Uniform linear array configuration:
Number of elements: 24
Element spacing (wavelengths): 0.5
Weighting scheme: cosine
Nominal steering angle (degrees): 45
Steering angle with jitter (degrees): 43.787
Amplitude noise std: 0.05
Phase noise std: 0.05

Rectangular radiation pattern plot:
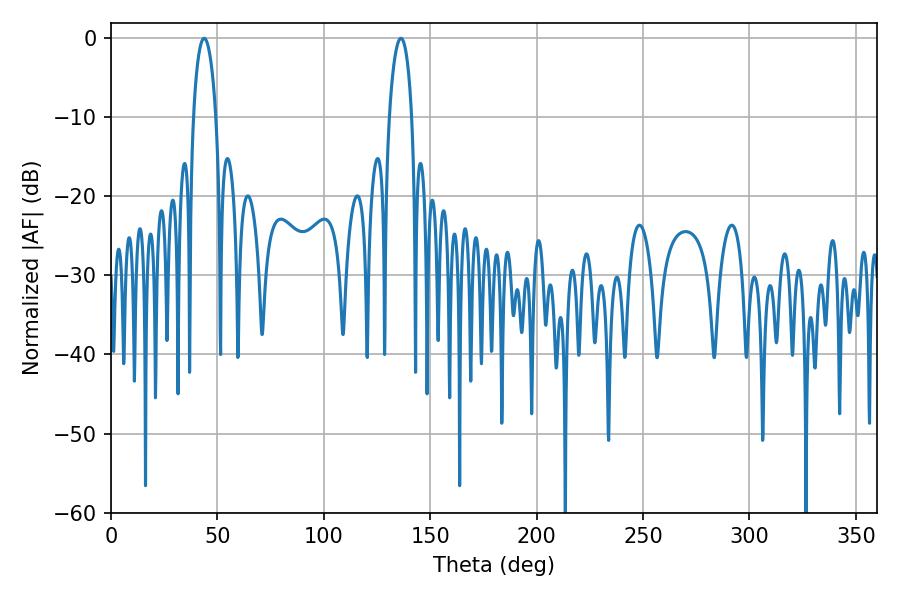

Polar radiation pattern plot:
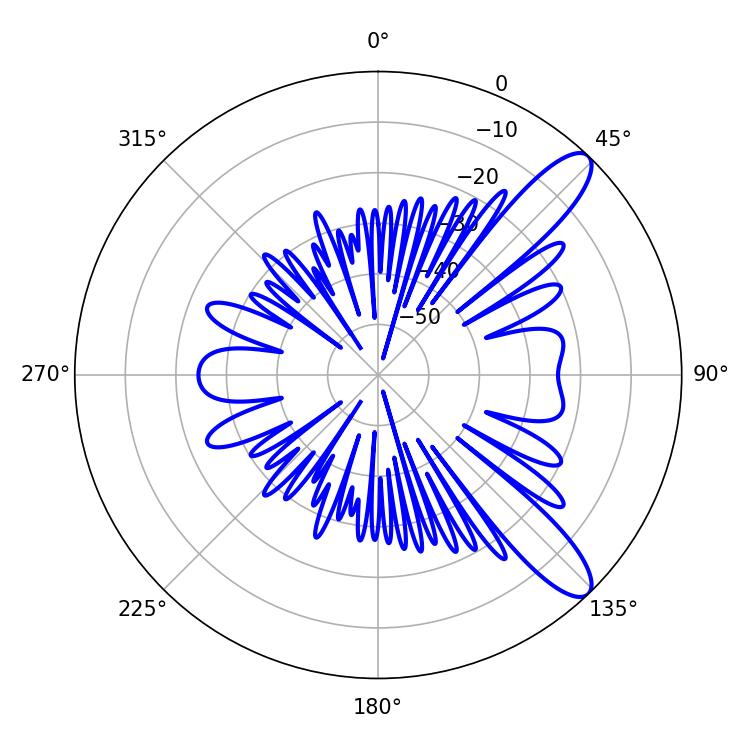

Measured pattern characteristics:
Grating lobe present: FALSE
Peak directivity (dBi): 10.945
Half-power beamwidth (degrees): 5.94
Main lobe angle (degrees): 43.74